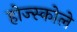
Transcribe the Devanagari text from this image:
होज्स्कोले